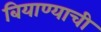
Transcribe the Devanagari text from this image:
बियाण्याची